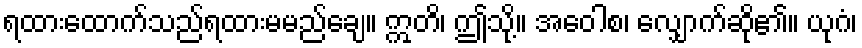
ရထားထောက်သည်ရထားမမည်ချေ။ ဣတိ၊ ဤသို့။ အဝေါစ၊ လျှောက်ဆို၏။ ယုဂံ၊